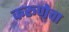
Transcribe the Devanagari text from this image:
करूणेचा